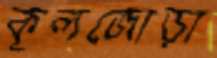
কূলজোড়া